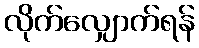
လိုက်လျှောက်ရန်